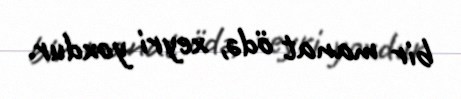
bir manat ödə, xeyri yoxdur.